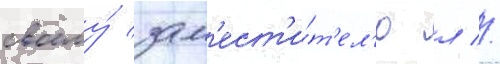
своему́ зам'ест'и́т'ел'ю л //